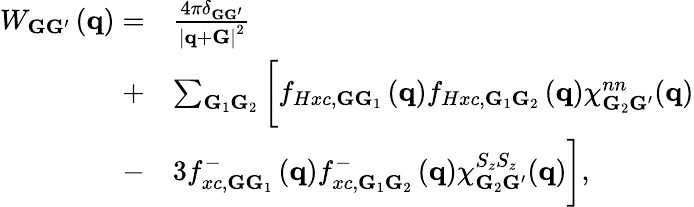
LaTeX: \begin{array}{rl}{W_{{\mathbf G}{\mathbf G}^{\prime}}\left({\mathbf q}\right)=}&{\frac{4\pi\delta_{{\mathbf G}{\mathbf G}^{\prime}}}{\left|{\mathbf q}+{\mathbf G}\right|^{2}}}\\ {+}&{\sum_{{\mathbf G}_{1}{\mathbf G}_{2}}\bigg[f_{Hxc,\mathbf{G}\mathbf{G}_{1}}\left({\mathbf q}\right)f_{Hxc,\mathbf{G}_{1}\mathbf{G}_{2}}\left({\mathbf q}\right)\chi_{{\mathbf G}_{2}{\mathbf G}^{\prime}}^{nn}({\mathbf q})}\\ {-}&{3f_{xc,\mathbf{G}\mathbf{G}_{1}}^{-}\left({\mathbf q}\right)f_{xc,\mathbf{G}_{1}\mathbf{G}_{2}}^{-}\left({\mathbf q}\right)\chi_{{\mathbf G}_{2}{\mathbf G}^{\prime}}^{S_{z}S_{z}}({\mathbf q})\bigg],}\end{array}